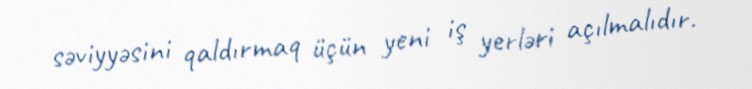
səviyyəsini qaldırmaq üçün yeni iş yerləri açılmalıdır.